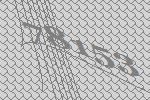
78153